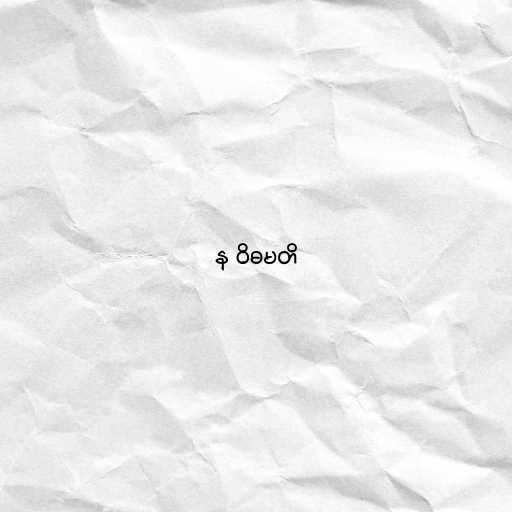
န ဝိဓမတိ